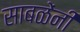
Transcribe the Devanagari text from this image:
साबळेंनी